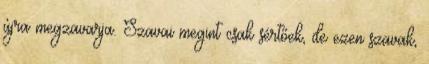
újra megzavarja. Szavai megint csak sértőek, de ezen szavak,